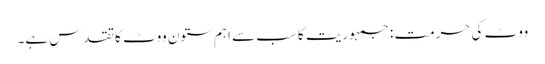
ووٹ کی حرمت : جمہوریت کا سب سے اہم ستون ووٹ کا تقدس ہے۔